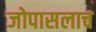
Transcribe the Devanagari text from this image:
जोपासलाच